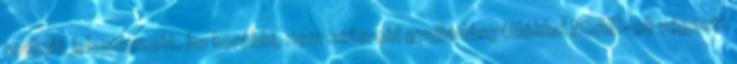
reakció jelentkezett. ha korábbi, nem szteroid gyulladásgátlókkal NSAID-ok végzett